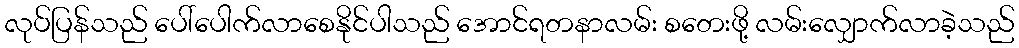
လုပ်ပြန်သည် ပေါ်ပေါက်လာစေနိုင်ပါသည် အောင်ရတနာလမ်း စတေးဖို့ လမ်းလျှောက်လာခဲ့သည်